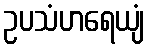
ဥပသံဟရေယျံ